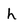
Character: h